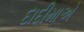
દાદીમાએ